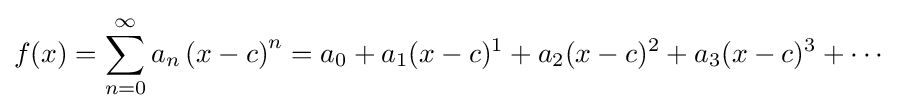
f(x)=\sum _{n=0}^{\infty }a_{n}\left(x-c\right)^{n}=a_{0}+a_{1}(x-c)^{1}+a_{2}(x-c)^{2}+a_{3}(x-c)^{3}+\cdots